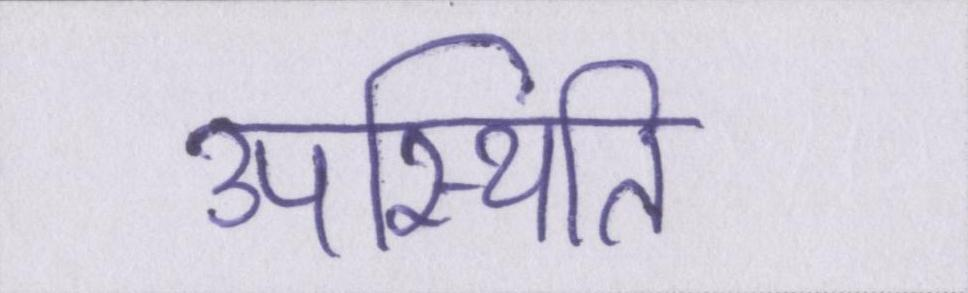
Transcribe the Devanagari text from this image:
उपस्थिति